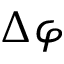
\Delta \varphi